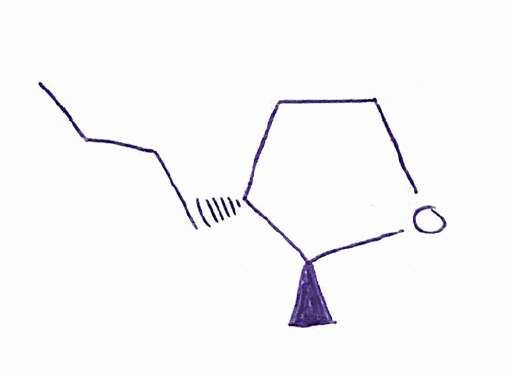
Simplified molecular-input line-entry system (SMILES) notation of the given molecule:
CCCC[C@@H]1CCO[C@H]1C